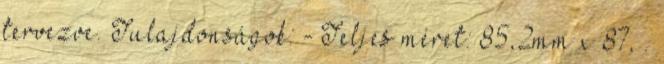
tervezve. Tulajdonságok: - Teljes méret: 85,2mm x 87, .